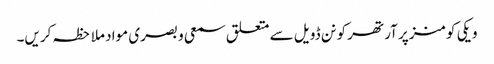
ویکی کومنز پر آرتھر کونن ڈویل سے متعلق سمعی و بصری مواد ملاحظہ کریں۔